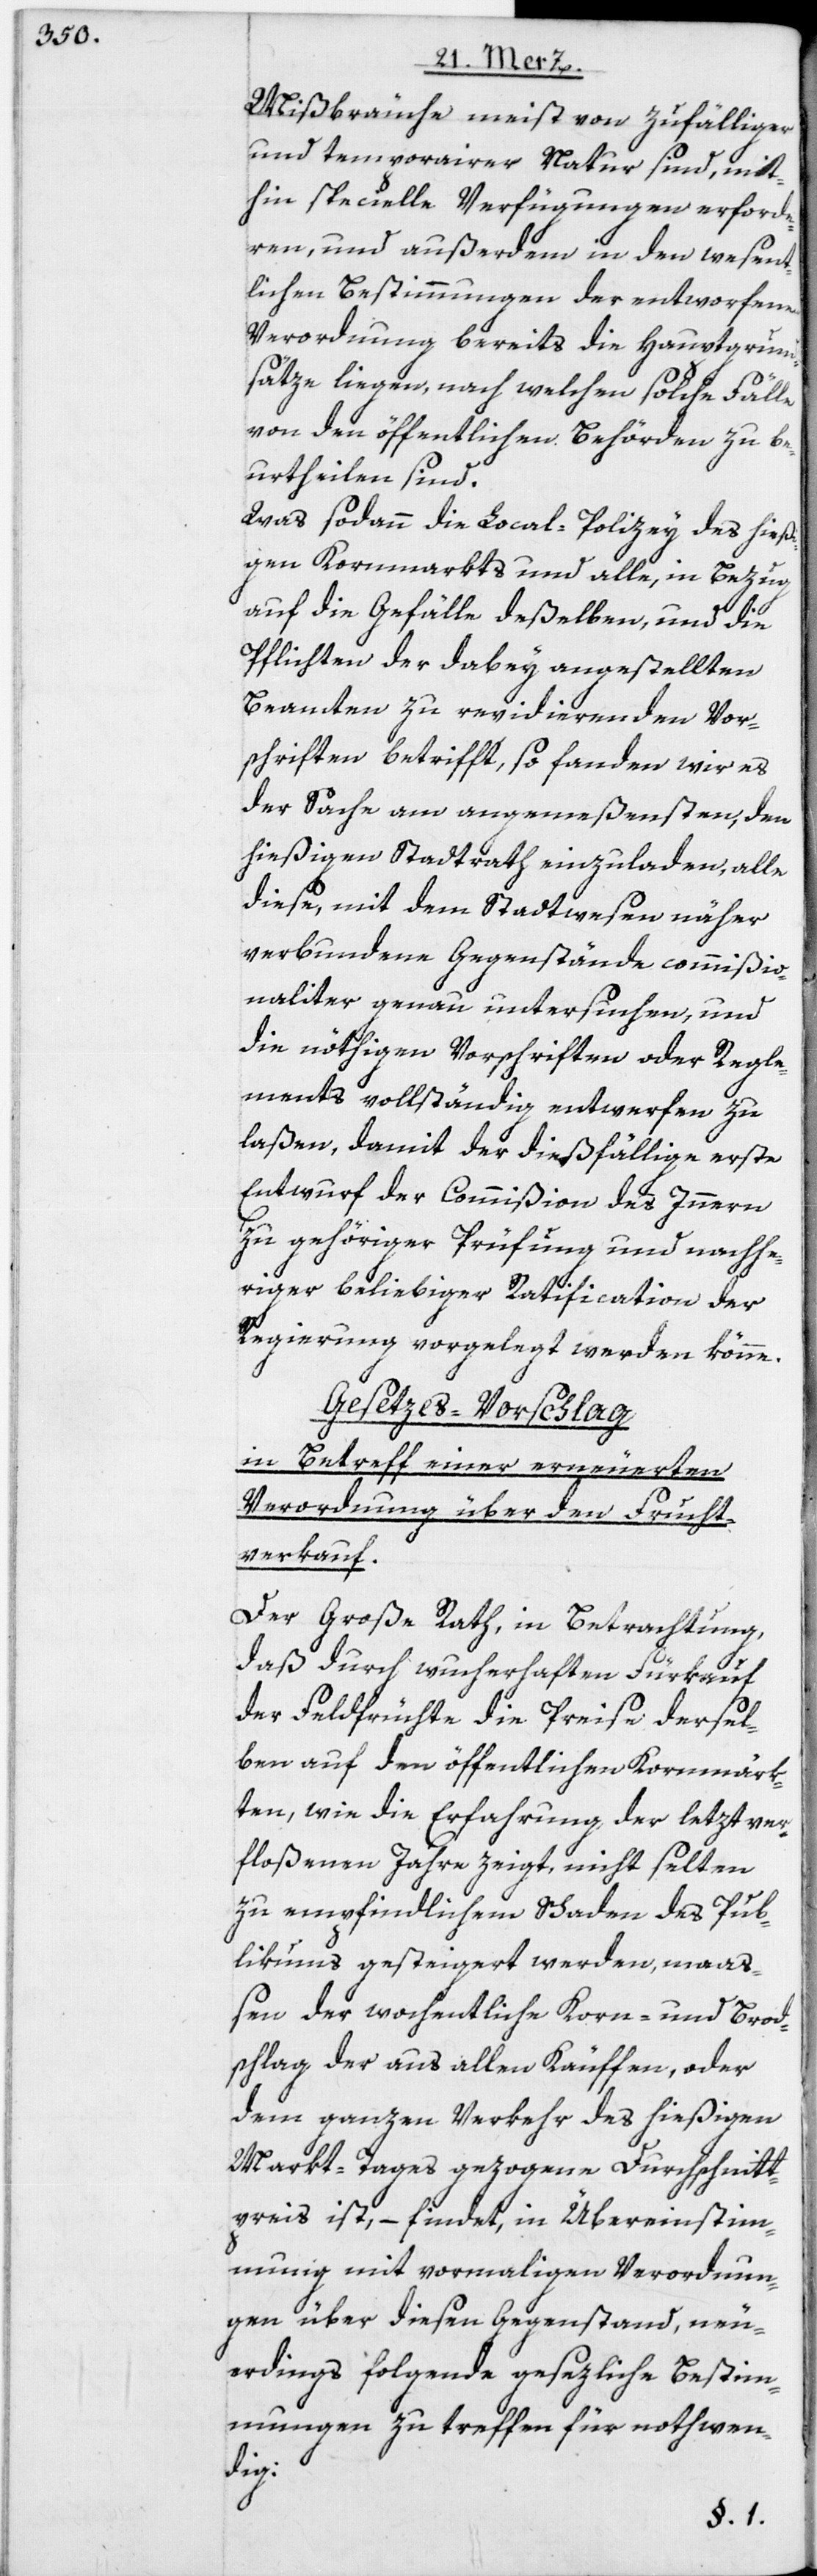
Mißbräuche meist von zufälliger
und temporairer Natur sind, mit¬
hin specielle Verfügungen erforde¬
ren, und außerdem in den wesent¬
lichen Bestimmungen der entworfenen
Verordnung bereits die Hauptgrund¬
sätze liegen, nach welchen solche Fälle
von den öffentlichen Behörden zu be¬
urtheilen sind.
Was sodann die Local-Polizey des hießi¬
gen Kornmarkts und alle, in Bezug
auf die Gefälle deßelben, und die
Pflichten der dabey angestellten
Beamten zu revidierenden Vor¬
schriften betrifft, so fanden wir es
der Sache am angemeßensten, den
hießigen Stadtrath einzuladen, alle
diese, mit dem Stadtwesen näher
verbundene Gegenstände commißio¬
naliter genau untersuchen, und
die nöthigen Vorschriften oder Regle¬
ments vollständig entwerfen zu
laßen, damit der dießfällige erste
Entwurf der Commißion des Innern
zu gehöriger Prüfung und nachhe¬
riger beliebiger Ratification der
Regierung vorgelegt werden könne.
Gesetzes-Vorschlag
in Betreff einer erneuerten
Verordnung über den Frucht¬
verkauf.
Der Große Rath, in Betrachtung,
daß durch wucherhaften Fürkauf
der Feldfrüchte die Preise dersel¬
ben auf den öffentlichen Kornmärk¬
ten, wie die Erfahrung der letzt ver¬
floßenen Jahre zeigt, nicht selten
zu empfindlichem Schaden des Pub¬
licums gesteigert werden, maa¬
ßen der wochentliche Korn- und Brod¬
schlag der aus allen Käuffen, oder
dem ganzen Verkehr des hießigen
Markt-Tages gezogene Durchschnitt¬
preis ist, – findet, in Übereinstim¬
mung mit vormaligen Verordnun¬
gen über diesen Gegenstand, neu¬
erdings folgende gesezliche Bestim¬
mungen zu treffen für nothwen¬
dig: